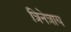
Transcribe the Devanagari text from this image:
त्रिनेत्राय